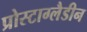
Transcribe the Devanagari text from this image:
प्रोस्टाग्लैडीन